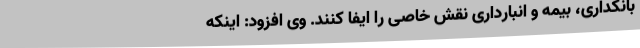
بانکداری، بیمه و انبارداری نقش خاصی را ایفا کنند. وی افزود: اینکه